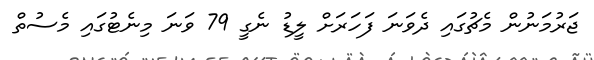
ޖަރުމަނުން މެޗުގައި ދެވަނަ ފަހަރަށް ލީޑު ނެގީ 79 ވަނަ މިނެޓުގައި މެސުތް